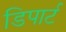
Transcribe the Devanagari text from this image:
डिपार्ट